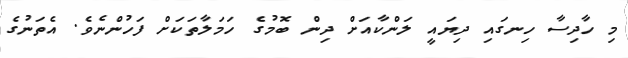
މި ހާދިސާ ހިނގައި ދިޔައީ ލަންކާއަށް ދިން ބޮމުގެ ހަމަލާތަކަށް ފަހުންނެވެ. އެތަނުގެ